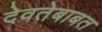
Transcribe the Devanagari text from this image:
देवतेबाबत